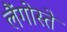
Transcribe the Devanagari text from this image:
लैंगोस्ते